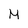
Character: M